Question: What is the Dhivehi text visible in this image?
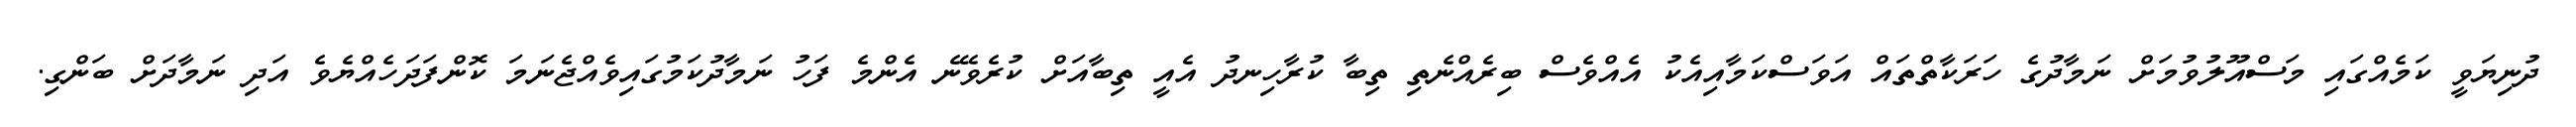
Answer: ދުނިޔަވީ ކަމެއްގައި މަސްއޫލުވުމަށް ނަމާދުގެ ހަރަކާތްތައް އަވަސްކަމާއިއެކު އެއްވެސް ބިރެއްނެތި ތިބާ ކުރާހިނދު އެއީ ތިބާއަށް ކުރެވޭނެ އެންމެ ފަހު ނަމާދުކަމުގައިވެއްޖެނަމަ ކޮންފަދަހެއްޔެވެ އަދި ނަމާދަށް ބަންގި.